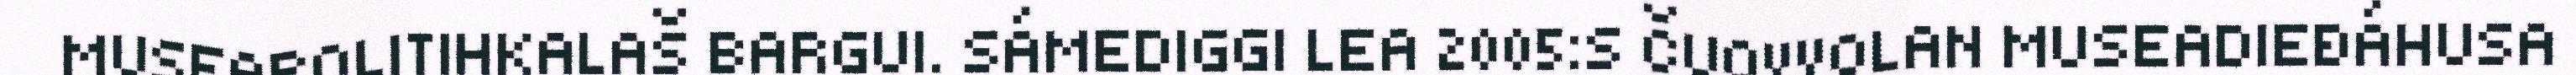
MUSEAPOLITIHKALAŠ BARGUI. SÁMEDIGGI LEA 2005:S ČUOVVOLAN MUSEADIEĐÁHUSA